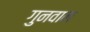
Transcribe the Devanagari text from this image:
गुनवान